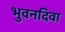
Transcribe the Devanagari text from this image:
भुवनदिवा